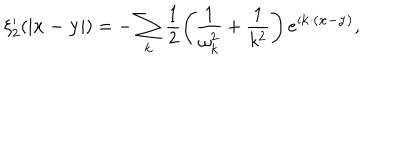
LaTeX: \xi _ { 2 } ^ { \prime } ( | { \bf x - y } | ) = - \sum _ { \bf k } \frac { 1 } { 2 } \left( \frac { 1 } { \omega _ { k } ^ { 2 } } + \frac { 1 } { k ^ { 2 } } \right) e ^ { i { \bf k \cdot ( x - y ) } } ,